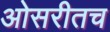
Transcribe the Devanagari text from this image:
ओसरीतच